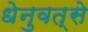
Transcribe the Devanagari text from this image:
धेनुवत्से